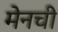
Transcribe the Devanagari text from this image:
मेनची